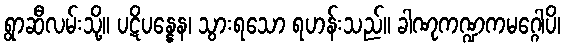
ရွာဆီလမ်းသို့။ ပဋိပန္နေန၊ သွားရသော ရဟန်းသည်။ ခါဏုကဏ္ဍကမဂ္ဂေါပိ၊